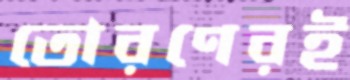
তোরণেরই